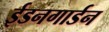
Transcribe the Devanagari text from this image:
ईडनगार्डन